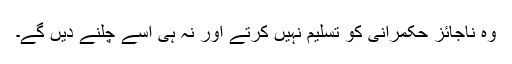
وہ ناجائز حکمرانی کو تسلیم نہیں کرتے اور نہ ہی اسے چلنے دیں گے۔